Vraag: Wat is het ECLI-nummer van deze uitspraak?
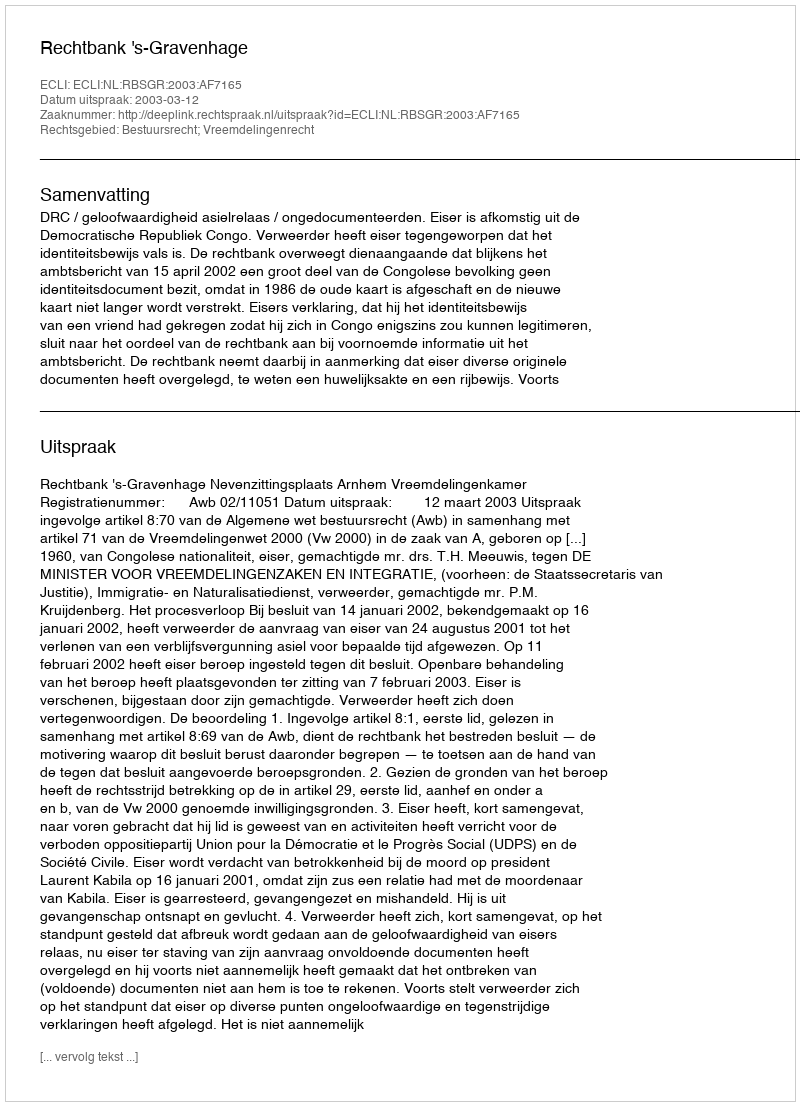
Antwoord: ECLI:NL:RBSGR:2003:AF7165